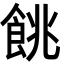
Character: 餆